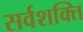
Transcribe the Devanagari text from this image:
सर्वशक्ति